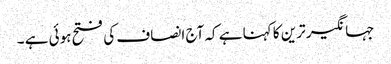
جہانگیر ترین کا کہنا ہے کہ آج انصاف کی فتح ہوئی ہے ۔